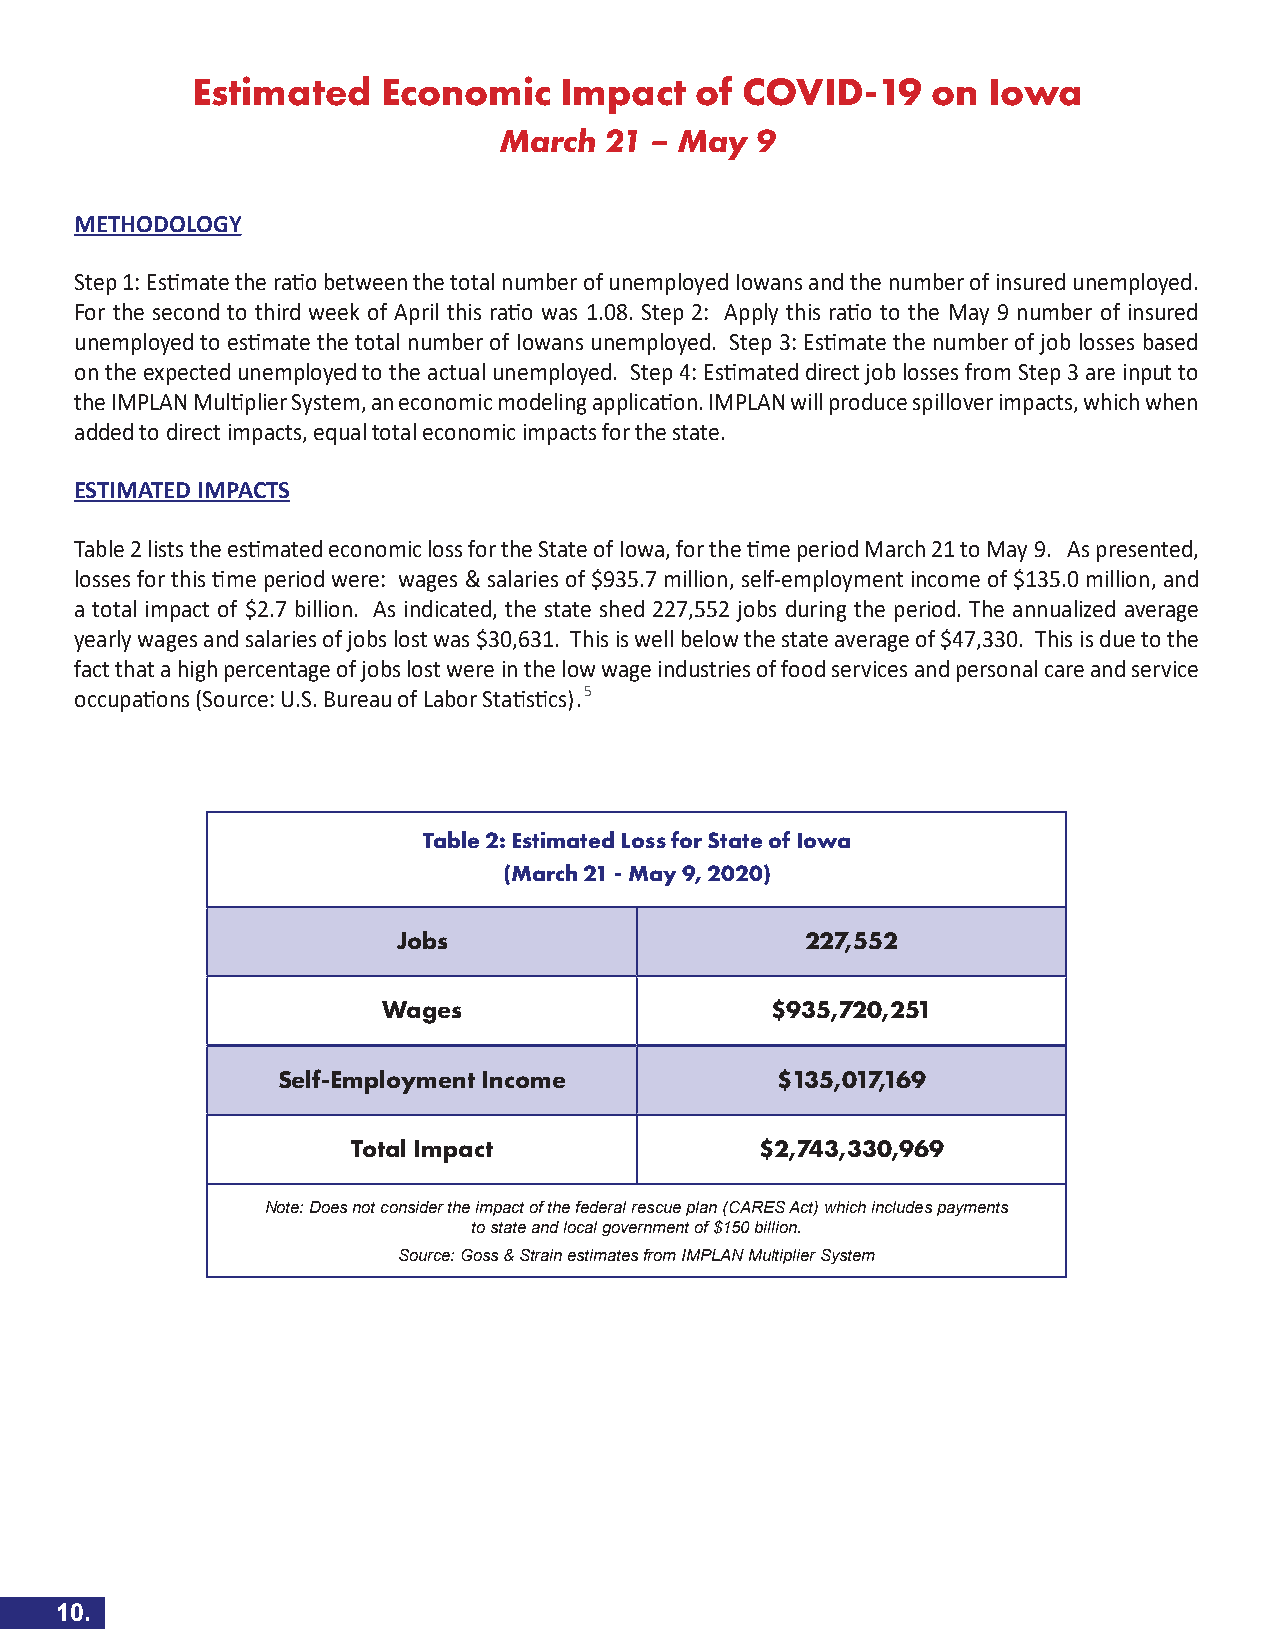
Estimated   Economic    Impact   of COVID-19     on Iowa
 March  21 – May  9
 METHODOLOGY
 Step 1: Estimate the ratio between the total number of unemployed Iowans and the number of insured unemployed.
 For the second to third week of April this ratio was 1.08. Step 2: Apply this ratio to the May 9 number of insured
 unemployed to estimate the total number of Iowans unemployed. Step 3: Estimate the number of job losses based
 on the expected unemployed to the actual unemployed. Step 4: Estimated direct job losses from Step 3 are input to
 the IMPLAN Multiplier System, an economic modeling application. IMPLAN will produce spillover impacts, which when
 added to direct impacts, equal total economic impacts for the state.
 ESTIMATED IMPACTS
 Table 2 lists the estimated economic loss for the State of Iowa, for the time period March 21 to May 9. As presented,
 losses for this time period were: wages & salaries of $935.7 million, self-employment income of $135.0 million, and
 a total impact of $2.7 billion. As indicated, the state shed 227,552 jobs during the period. The annualized average
 yearly wages and salaries of jobs lost was $30,631. This is well below the state average of $47,330. This is due to the
 fact that a high percentage of jobs lost were in the low wage industries of food services and personal care and service
 occupations (Source: U.S. Bureau of Labor Statistics).5
 Table 2: Estimated Loss for State of Iowa
 (March 21 - May 9, 2020)
 Jobs                       227,552
 Wages                     $935,720,251
 Self-Employment Income           $135,017,169
 Total Impact               $2,743,330,969
 Note: Does not consider the impact of the federal rescue plan (CARES Act) which includes payments
 to state and local government of $150 billion.
 Source: Goss & Strain estimates from IMPLAN Multiplier System
 10.